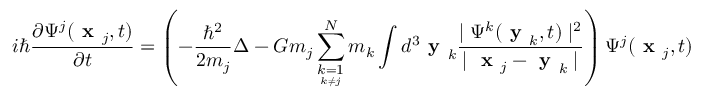
i \hbar \frac { \partial \Psi ^ { j } ( \textbf { x } _ { j } , t ) } { \partial t } = \left( - \frac { \hbar ^ { 2 } } { 2 m _ { j } } \Delta - G m _ { j } \sum _ { \underset { k \neq j } { k = 1 } } ^ { N } m _ { k } \int d ^ { 3 } \textbf { y } _ { k } \frac { \mid \Psi ^ { k } ( \textbf { y } _ { k } , t ) \mid ^ { 2 } } { \mid \textbf { x } _ { j } - \textbf { y } _ { k } \mid } \right) \Psi ^ { j } ( \textbf { x } _ { j } , t ) .